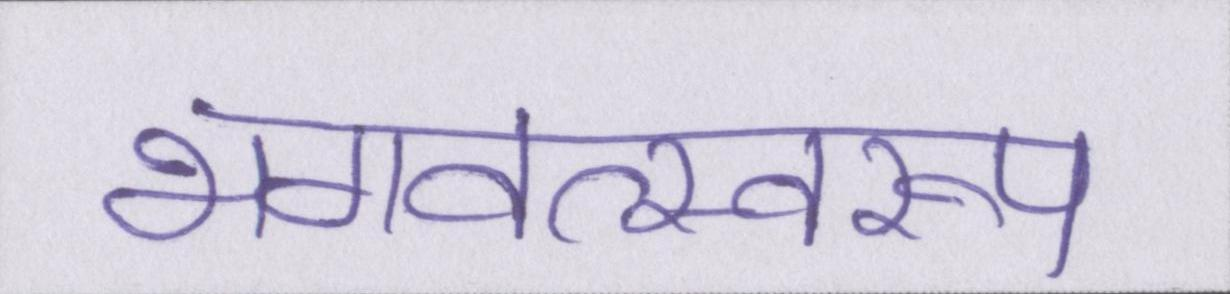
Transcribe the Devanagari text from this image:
भगवत्स्वरूप